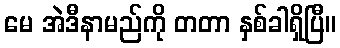
မေ အဲဒီနာမည်ကို တတာ နှစ်ခါရှိပြီ။